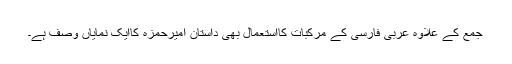
جمع کے علاوہ عربی فارسی کے مرکبات کااستعمال بھی داستانِ امیرحمزہ کاایک نمایاں وصف ہے۔